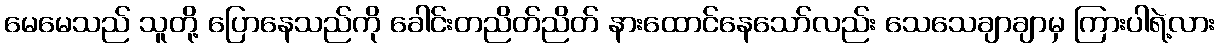
မေမေသည် သူတို့ ပြောနေသည်ကို ခေါင်းတညိတ်ညိတ် နားထောင်နေသော်လည်း သေသေချာချာမှ ကြားပါရဲ့လား